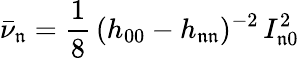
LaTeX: \bar{\nu}_{\mathfrak{n}}=\frac{1}{8}\, (h_{00}-h_{\mathfrak{n}\mathfrak{n}})^{-2}\, I_{\mathfrak{n}0}^{2}